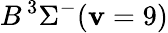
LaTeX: B\, {}^{3}\Sigma^{-}(\mathbf{v}=9)